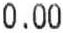
0.00